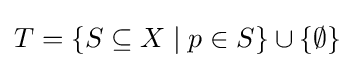
T=\{S\subseteq X\mid p\in S\}\cup \{\emptyset \}